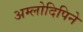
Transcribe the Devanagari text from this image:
अम्लोदिपिने